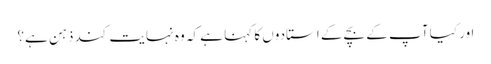
اور کیا آپ کے بچے کے استادوں کا کہنا ہے کہ وہ نہایت کند ذہن ہے؟